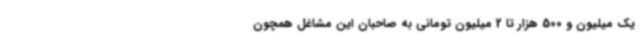
یک میلیون و 500 هزار تا 2 میلیون تومانی به صاحبان این مشاغل همچون